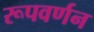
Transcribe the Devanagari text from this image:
रूपवर्णन